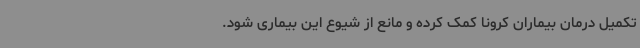
تکمیل درمان بیماران کرونا کمک کرده و مانع از شیوع این بیماری شود.